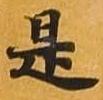
是